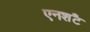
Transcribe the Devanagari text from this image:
एनशॅंट